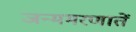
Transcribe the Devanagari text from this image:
जन्ममरणातें